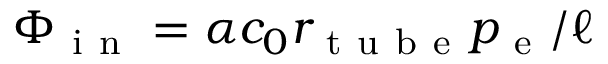
\Phi _ { \mathrm { ~ i ~ n ~ } } = \alpha c _ { 0 } r _ { \mathrm { ~ t ~ u ~ b ~ e ~ } } p _ { \mathrm { ~ e ~ } } / \ell